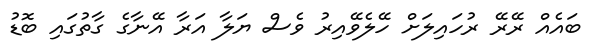
ބައެއް ރޭރޭ ރުހައިލަށް ހޭލެވޭއިރު ވެސް ޔަލާ އަރާ އޭނާގެ ގާތުގައި ބޮޑު